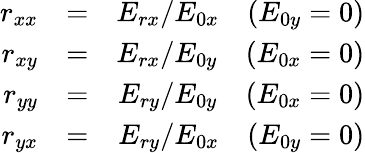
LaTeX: \begin{array}{rlr}{r_{xx}}&{=}&{E_{rx}/E_{0x}\quad(E_{0y}=0)}\\ {r_{xy}}&{=}&{E_{rx}/E_{0y}\quad(E_{0x}=0)}\\ {r_{yy}}&{=}&{E_{ry}/E_{0y}\quad(E_{0x}=0)}\\ {r_{yx}}&{=}&{E_{ry}/E_{0x}\quad(E_{0y}=0)}\end{array}